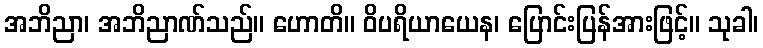
အဘိညာ၊ အဘိညာဏ်သည်။ ဟောတိ။ ဝိပရိယာယေန၊ ပြောင်းပြန်အားဖြင့်။ သုခါ၊